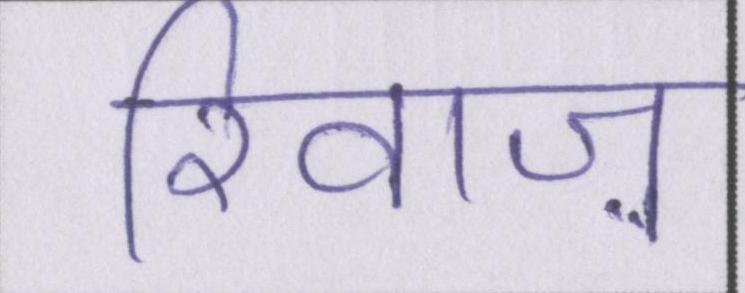
रिवाज़